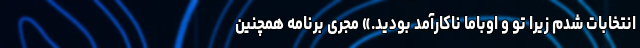
انتخابات شدم زیرا تو و اوباما ناکارآمد بودید.» مجری برنامه همچنین